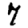
Digit: 7